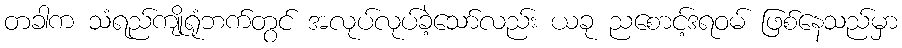
တခါက သံရည်ကျိုရုံဘက်တွင် အလုပ်လုပ်ခဲ့သော်လည်း ယခု ညစောင့်ဒရဝမ် ဖြစ်နေသည်မှာ